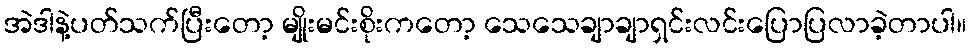
အဲဒါနဲ့ပတ်သက်ပြီးတော့ မျိုးမင်းစိုးကတော့ သေသေချာချာရှင်းလင်းပြောပြလာခဲ့တာပါ။